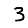
Digit: 3